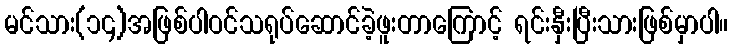
မင်သား(၁၄)အဖြစ်ပါဝင်သရုပ်ဆောင်ခဲ့ဖူးတာကြောင့် ရင်းနှီးပြီးသားဖြစ်မှာပါ။